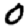
Digit: 0